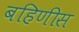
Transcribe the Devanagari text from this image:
बहिणीस